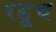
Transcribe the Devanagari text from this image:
रडूच